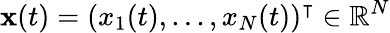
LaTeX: \mathbf{x}(t)=(x_{1}(t),...,x_{N}(t))^{\intercal}\in\mathbb{R}^{N}